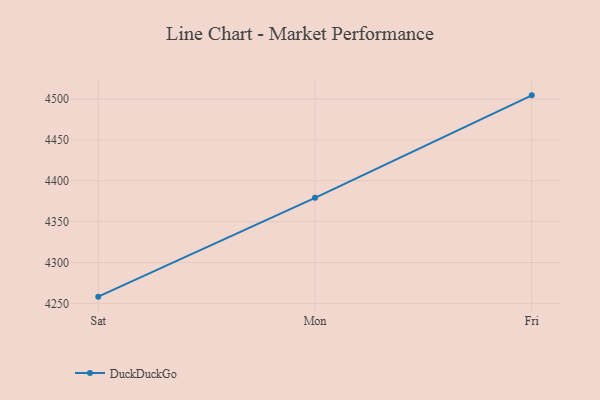
{"axis": {"x": "Day", "y": "Operating Costs (USD K)"}, "legend": ["DuckDuckGo"], "data": [{"x": "Sat", "y": 4258.2, "type": "DuckDuckGo"}, {"x": "Mon", "y": 4379.2, "type": "DuckDuckGo"}, {"x": "Fri", "y": 4504.6, "type": "DuckDuckGo"}]}